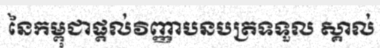
នៃកម្ពុជាផ្តល់វិញ្ញាបនបត្រទទួល ស្គាល់